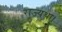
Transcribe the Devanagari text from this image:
राज्यथा।